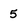
Character: 5